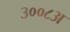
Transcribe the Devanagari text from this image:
३००८अ